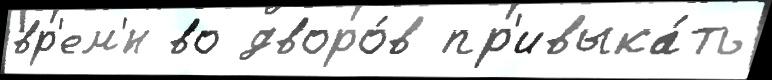
вр'ем'́н во дворо́в пр'ивыка́ть